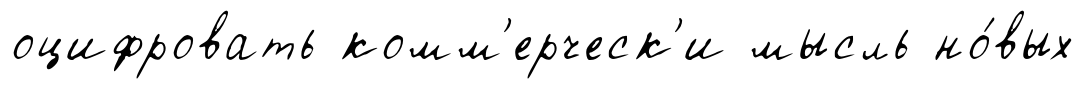
оцифровать комм'ерческ'и мысль но́вых